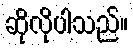
ဆိုလိုပါသည်။